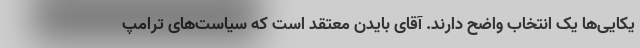
یکایی‌ها یک انتخاب واضح دارند. آقای بایدن معتقد است که سیاست‌های ترامپ